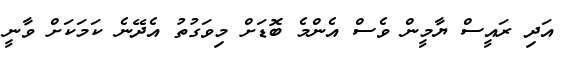
އަދި ރައީސް ޔާމީން ވެސް އެންމެ ބޮޑަށް މިވަގުތު އެދޭނެ ކަމަކަށް ވާނީ